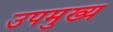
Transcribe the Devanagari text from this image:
उपमुख्य